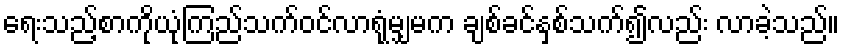
ရေးသည့်စာကိုယုံကြည်သက်ဝင်လာရုံမျှမက ချစ်ခင်နှစ်သက်၍လည်း လာခဲ့သည်။